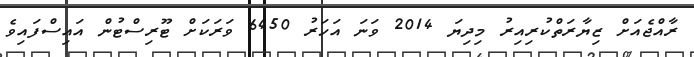
ރާއްޖެއަށް ޒިޔާރަތްކުރިއިރު މިދިޔަ 2014 ވަނަ އަހަރު 6450 ވަރަކަށް ޓޫރިސްޓުން އައިސްފައިވެ